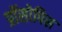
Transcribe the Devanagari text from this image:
प्रॉसोपिस